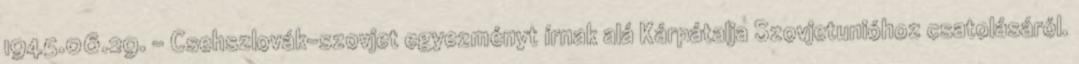
1945.06.29. - Csehszlovák-szovjet egyezményt írnak alá Kárpátalja Szovjetunióhoz csatolásáról.